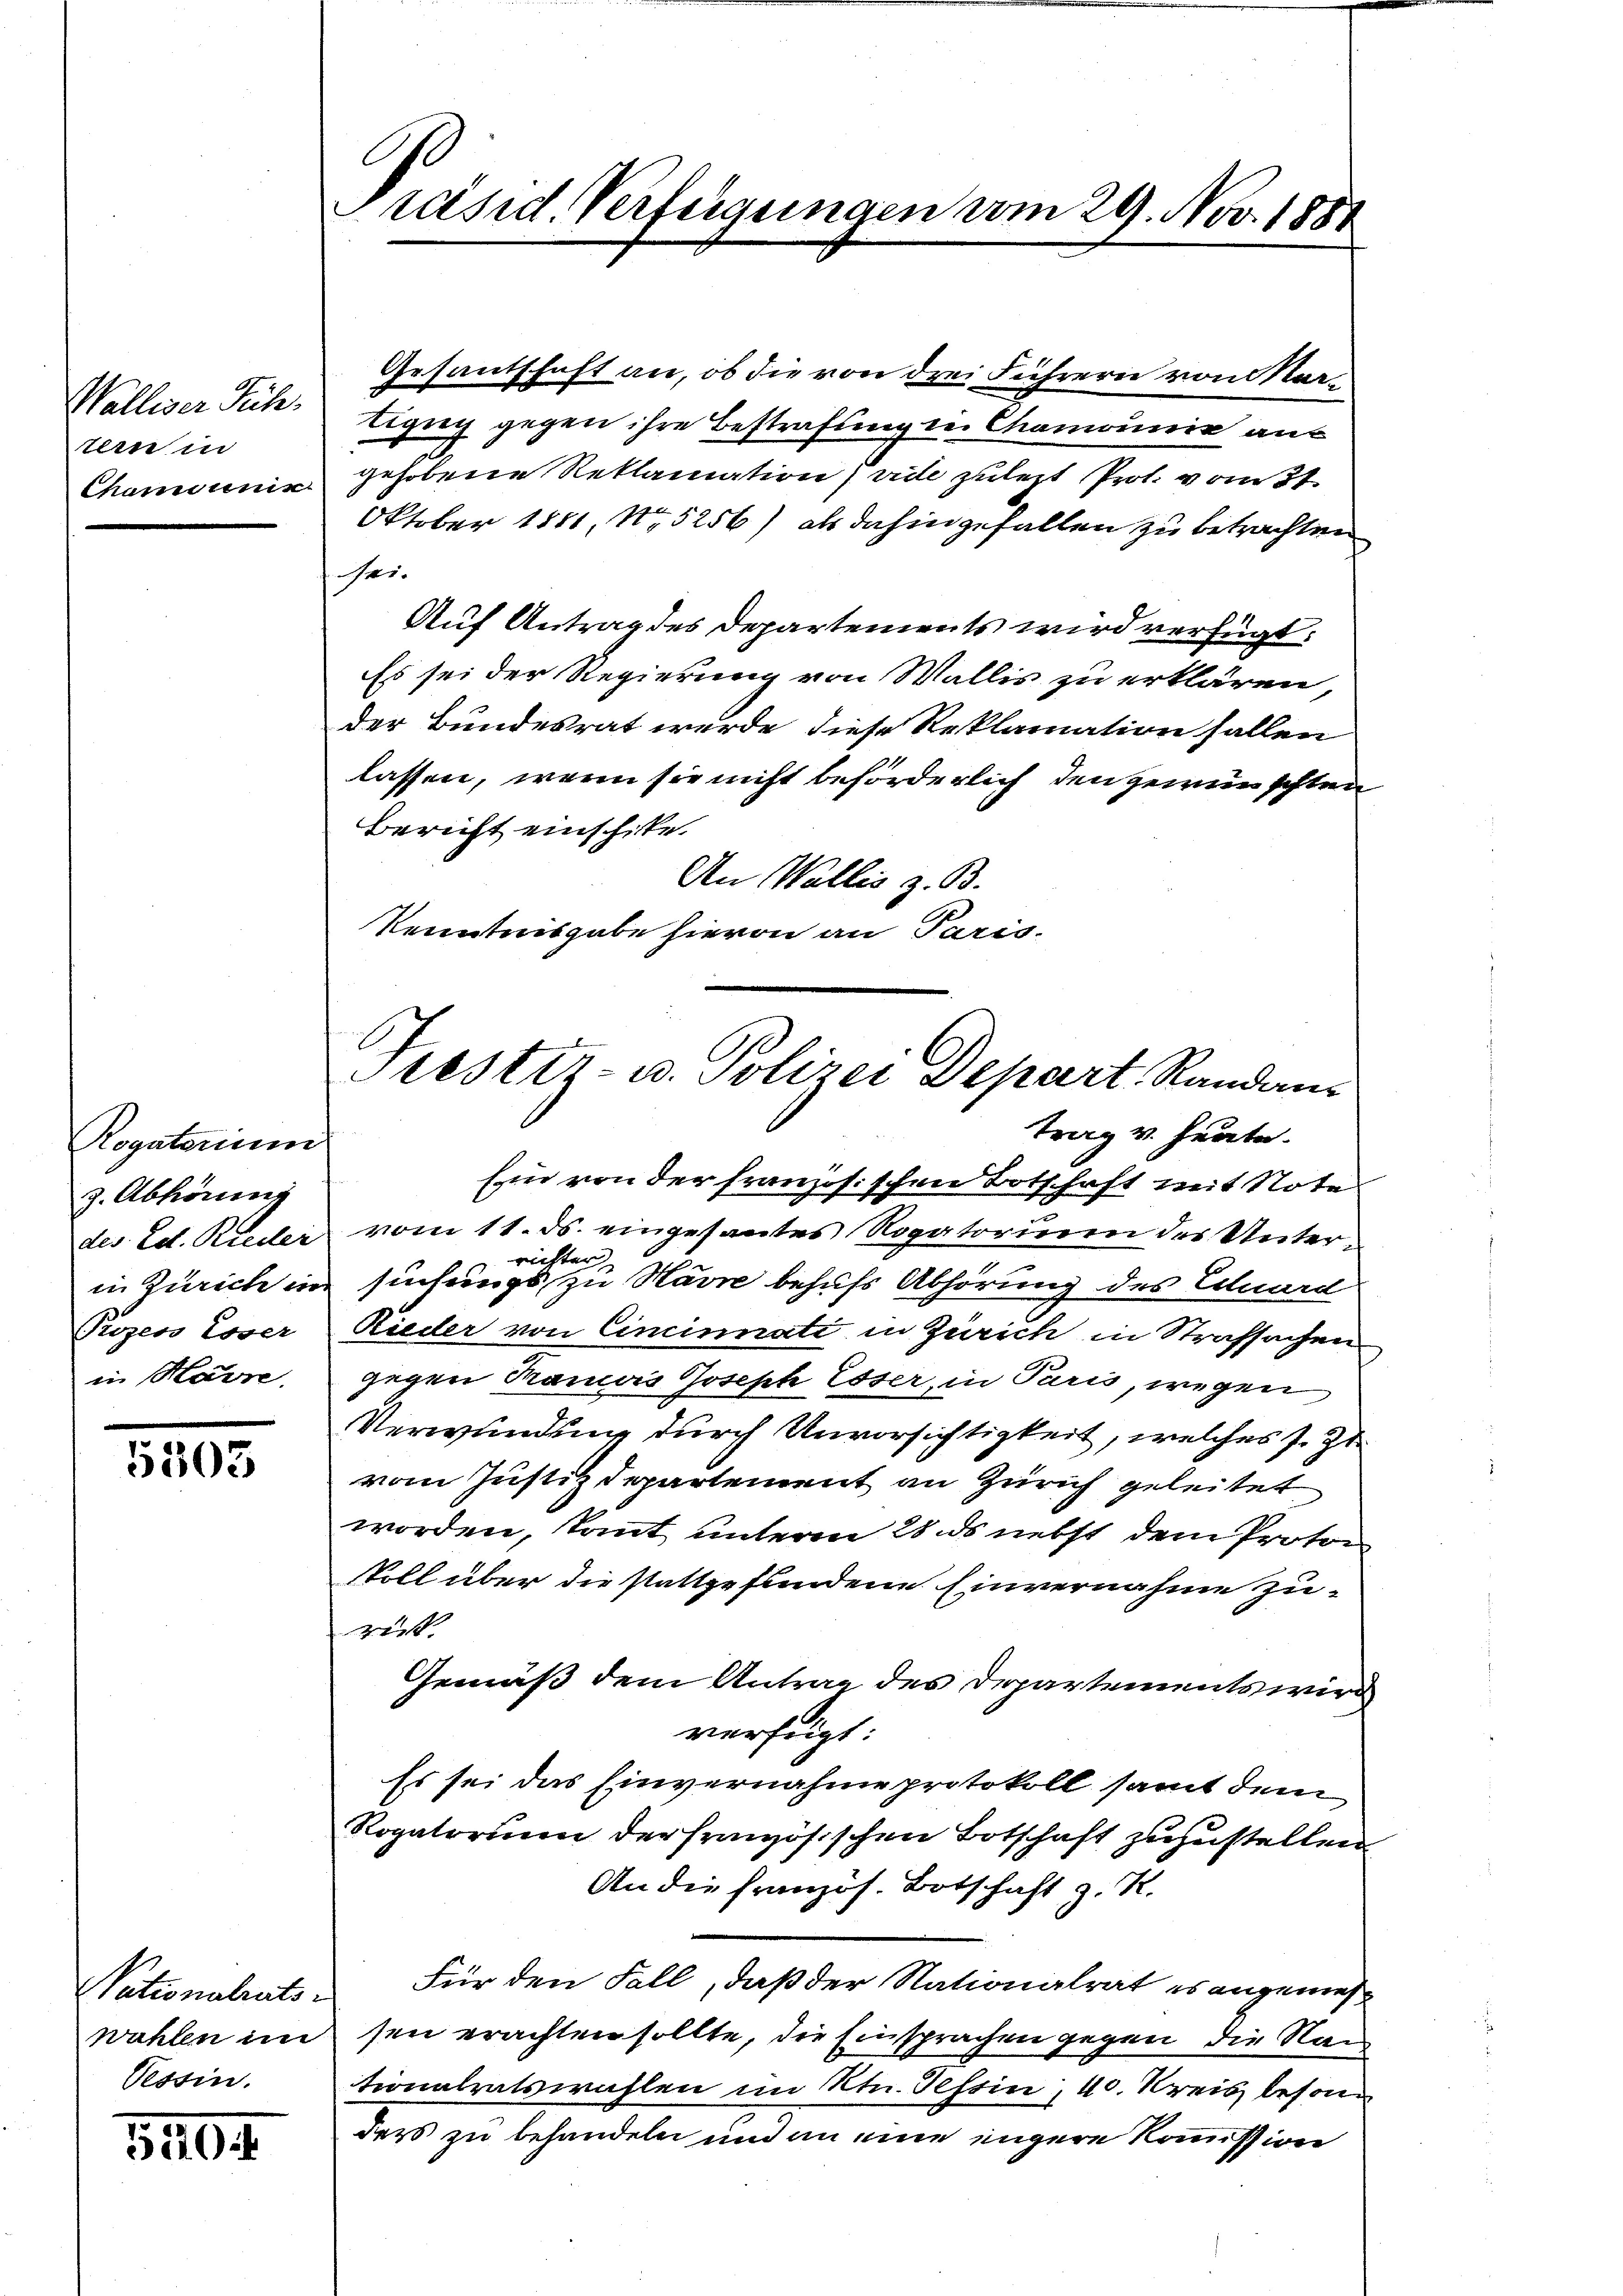
tern in

Rogatorium
z. Abhörung
Prozess Lover
in Havre,

1205

Gesantschaft an, ob die von drei Führern von Mar¬
Walliser Sich tigny gegen ihre Bestrafung in Chamonie aus
Chominie gehobene Reklamation vide zuletzt Prof. vom 31.
Oktober 1881, No 5256) als dahingefallen zu betrachten
es.
Auf Antrag des Departements wird verfügt:
Es sei der Regierung von Wallis zu erklären,
der Bundesrat werde, diese Reklamation fallen
lassen, wenn sie nicht beförderlich den gewünschten
Bericht einschike.
An Wallis z. B.
Kenntnisgabe hievon an Paris.

Wahlen im
Tessin.

540

Präsid. Verfügungen vom 29. Nov. 1888

Prestir- u. Polizei Depart, Randaus

trag v. Heute.
Ein von der französischen Botschaft mit Note
des Ed. Rieder vom 11. ds. eingesantes Rogatorium der Unterrichten
in Zürich in suchungs zu Havre behufs Abhörung des Eduard
Rieder von Cincinati in Zürich in Strafsachen
gegen Trauus Joseph Esser, in Paris, wegen
Verwundung durch Unvorsichtigkeit, welches s. zu
vom Justizdepartement an Zürich geleitet
worden, kannt unteren 28. ds nebst dem Protoc
Soll über die stattgefundene Einvernahme zurit.
Gemäß dem Antrag des Departements wird
verfügt:
Es sei das Einvernahme protokoll samt dem
Rogatorium der französischen Botschaft zuzustellen
An die französ. Botschaft z. K.
Nationalrats. Für den Fall, daß der Nationalrat es angemeßsen erachten sollte, die Einsprachen gegen die Nac
tionalratswahlen im Ktn. Tessin, 40. Kreis besond
ders zu behandeln und an eine engere Kommission